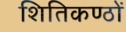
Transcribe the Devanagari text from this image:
शितिकण्ठों